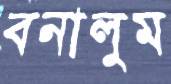
বনালুম